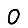
Digit: 0